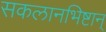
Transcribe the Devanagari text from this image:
सकलानभिष्टान्